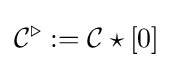
{\mathcal {C}}^{\triangleright }:={\mathcal {C}}\star [0]